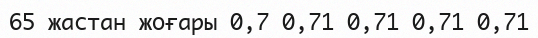
65 жастан жоғары	0,7	0,71	0,71	0,71	0,71